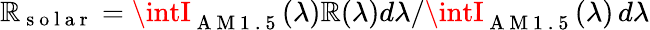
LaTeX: \mathbb{R}_{\mathrm{{~s~o~l~a~r~}}}=\intI_{\mathrm{{~A~M~1~.~5~}}}(\lambda)\mathbb{R}(\lambda)d\lambda/\intI_{\mathrm{{~A~M~1~.~5~}}}(\lambda)\, d\lambda